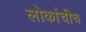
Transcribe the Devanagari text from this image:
लोकांचीच